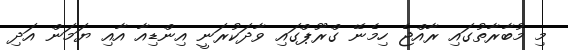
މި މުބާރާތުގައި ރާއްޖެ ހިމެނޭ ގްރޫޕްގައި ވާދަކުރަނީ އިންޑިއާ އާއި ޔަމަން އަދި